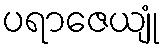
ပရာဇေယျုံ